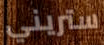
ستريني